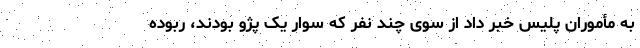
به مأموران پلیس خبر داد از سوی چند نفر که سوار یک پژو بودند، ربوده